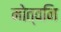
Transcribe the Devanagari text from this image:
मोत्वनि